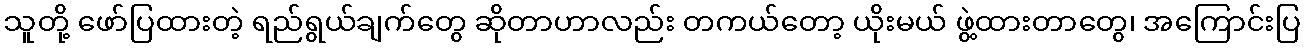
သူတို့ ဖော်ပြထားတဲ့ ရည်ရွယ်ချက်တွေ ဆိုတာဟာလည်း တကယ်တော့ ယိုးမယ် ဖွဲ့ထားတာတွေ၊ အကြောင်းပြ